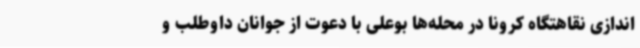
اندازی نقاهتگاه کرونا در محله‌ها بوعلی با دعوت از جوانان داوطلب و